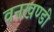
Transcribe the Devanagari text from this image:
वनखण्डी